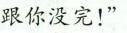
跟你没完!”